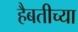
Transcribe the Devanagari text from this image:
हैबतीच्या